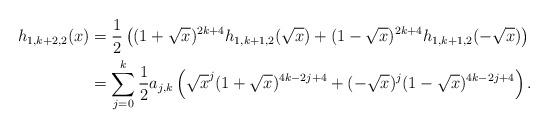
LaTeX: \begin{align*}h_{1,k+2,2}(x)&=\frac{1}{2}\left((1+\sqrt{x})^{2k+4}h_{1,k+1,2}(\sqrt{x})+(1-\sqrt{x})^{2k+4}h_{1,k+1,2}(-\sqrt{x})\right)\\&=\sum_{j=0}^k \frac{1}{2}a_{j,k}\left(\sqrt{x}^j(1+\sqrt{x})^{4k-2j+4}+(-\sqrt{x})^j(1-\sqrt{x})^{4k-2j+4}\right).\end{align*}